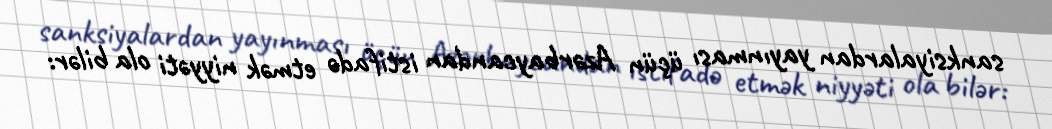
sanksiyalardan yayınması üçün Azərbaycandan istifadə etmək niyyəti ola bilər: